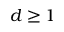
d \ge 1